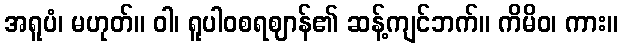
အရူပံ၊ မဟုတ်။ ဝါ၊ ရူပါဝစရဈာန်၏ ဆန့်ကျင်ဘက်။ ကိမိဝ၊ ကား။